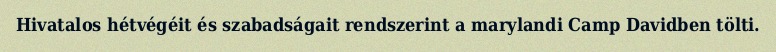
Hivatalos hétvégéit és szabadságait rendszerint a marylandi Camp Davidben tölti.